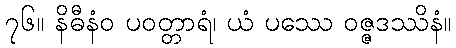
၇၆။ နိဓီနံဝ ပဝတ္တာရံ၊ ယံ ပဿေ ဝဇ္ဇဒဿိနံ။